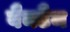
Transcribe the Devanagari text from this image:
बैनटैम